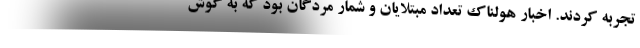
تجربه کردند. اخبار هولناک تعداد مبتلایان و شمار مردگان بود که به گوش